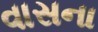
વાસના